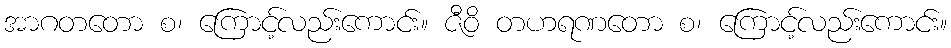
အာဂတတော စ၊ ကြောင့်လည်းကောင်း။ ဇီဝိ တဟရဏတော စ၊ ကြောင့်လည်းကောင်း။